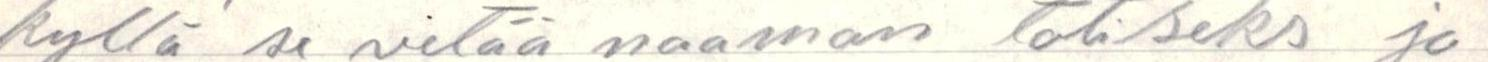
kyllä se vetää naaman totiseks ja